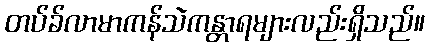
တပ်ခ်လာမာကန်သဲကန္တာရများလည်းရှိသည်။